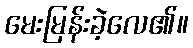
မေးမြန်းခဲ့လေ၏။